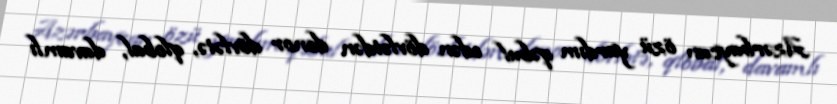
Azərbaycan özü yardım qəbul edən dövlətdən donor dövlətə, qlobal, davamlı